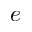
e